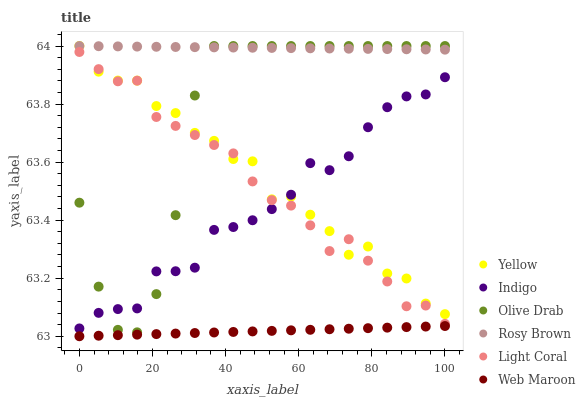
| xaxis_label | Yellow | Indigo | Olive Drab | Rosy Brown | Light Coral | Web Maroon |
 | --- | --- | --- | --- | --- | --- | --- |
 | 0 | 64 | 63 | 63.5 | 64 | 64 | 63 |
 | 5.26 | 63.9 | 63.1 | 63.2 | 64 | 63.9 | 63 |
 | 10.5 | 63.9 | 63.1 | 63 | 64 | 63.9 | 63 |
 | 15.8 | 63.9 | 63.1 | 63 | 64 | 63.9 | 63 |
 | 21.1 | 63.8 | 63.2 | 63.1 | 64 | 63.8 | 63 |
 | 26.3 | 63.8 | 63.2 | 63.4 | 64 | 63.7 | 63 |
 | 31.6 | 63.7 | 63.2 | 63.8 | 64 | 63.7 | 63 |
 | 36.8 | 63.7 | 63.4 | 64 | 64 | 63.7 | 63 |
 | 42.1 | 63.6 | 63.4 | 64 | 64 | 63.6 | 63 |
 | 47.4 | 63.6 | 63.4 | 64 | 64 | 63.5 | 63 |
 | 52.6 | 63.5 | 63.4 | 64 | 64 | 63.5 | 63 |
 | 57.9 | 63.5 | 63.5 | 64 | 64 | 63.5 | 63 |
 | 63.2 | 63.4 | 63.6 | 64 | 64 | 63.4 | 63 |
 | 68.4 | 63.4 | 63.6 | 64 | 64 | 63.3 | 63 |
 | 73.7 | 63.3 | 63.6 | 64 | 64 | 63.3 | 63 |
 | 78.9 | 63.3 | 63.7 | 64 | 64 | 63.3 | 63 |
 | 84.2 | 63.2 | 63.8 | 64 | 64 | 63.2 | 63 |
 | 89.5 | 63.2 | 63.8 | 64 | 64 | 63.1 | 63 |
 | 94.7 | 63.1 | 63.8 | 64 | 64 | 63.1 | 63 |
 | 100 | 63.1 | 63.9 | 64 | 64 | 63 | 63 |